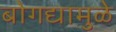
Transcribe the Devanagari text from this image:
बोगद्यामुळे